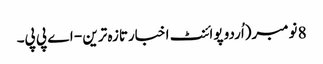
8 نومبر(اُردو پوائنٹ اخبارتازہ ترین - اے پی پی۔